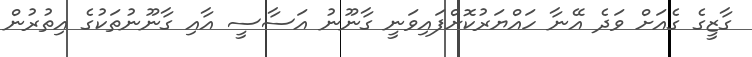
ގާޒީގެ ގެއަށް ވަދެ އޭނާ ހައްޔަރުކޮށްފައިވަނީ ގާނޫނު އަސާސީ އާއި ގާނޫނުތަކުގެ އިތުރުން